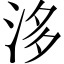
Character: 𣴙